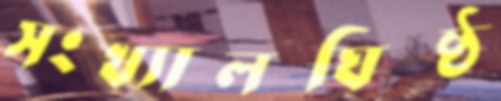
সংখ্যালঘিষ্ঠ